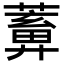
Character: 𦿤